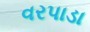
વરપાડા